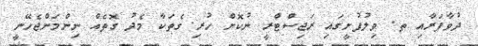
ދުވާފަރާއި ތ. ވިލުފުށީގައި ރަޖިސްޓްރީ ނުކޮށް ހުރި ގެތަކާ މެދު ގޮތެއް ނިންމަންޖެހޭނީ